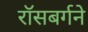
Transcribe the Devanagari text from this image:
रॉसबर्गने